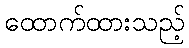
ထောက်ထားသည့်